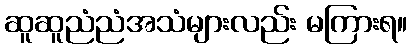
ဆူဆူညံညံအသံများလည်း မကြားရ။